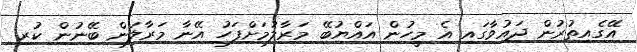
އޭގެއިތުރުން ދައުވާގައި އެ މީހުން އައްޔުބޭ މަރާލުމަށްފަހު އޭނާ މަރާލަން ބޭނުން ކުރި